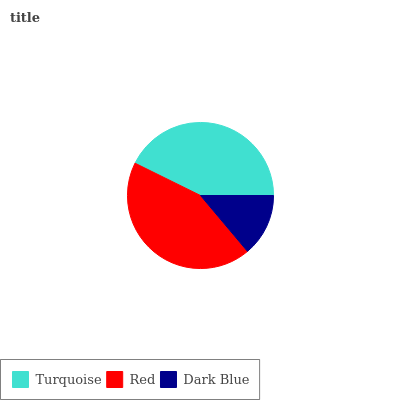
| Turquoise | Red | Dark Blue |
 | --- | --- | --- |
 | 42.7% | 43.5% | 13.9% |